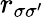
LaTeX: r_{\sigma\sigma^{\prime}}